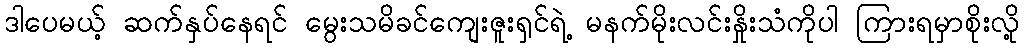
ဒါပေမယ့် ဆက်နှပ်နေရင် မွေးသမိခင်ကျေးဇူးရှင်ရဲ့ မနက်မိုးလင်းနှိုးသံကိုပါ ကြားရမှာစိုးလို့